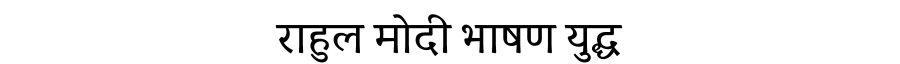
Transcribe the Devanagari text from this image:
राहुल मोदी भाषण युद्ध